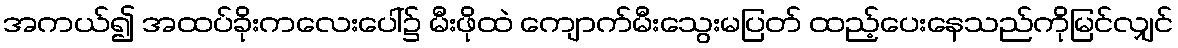
အကယ်၍ အထပ်ခိုးကလေးပေါ်၌ မီးဖိုထဲ ကျောက်မီးသွေးမပြတ် ထည့်ပေးနေသည်ကိုမြင်လျှင်